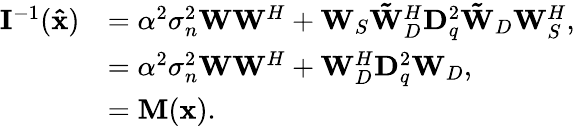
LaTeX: \begin{array}{rl}{{\mathbf{I}^{-1}({\mathbf{\hat{x}}})}}&{=\alpha^{2}\sigma_{n}^{2}\mathbf{W}\mathbf{W}^{H}+\mathbf{W}_{S}\mathbf{\tilde{W}}_{D}^{H}\mathbf{D}_{q}^{2}\mathbf{\tilde{W}}_{D}\mathbf{W}_{S}^{H},}\\ &{=\alpha^{2}\sigma_{n}^{2}\mathbf{W}\mathbf{W}^{H}+\mathbf{W}_{D}^{H}\mathbf{D}_{q}^{2}\mathbf{W}_{D},}\\ &{=\mathbf{M}(\mathbf{x}).}\end{array}